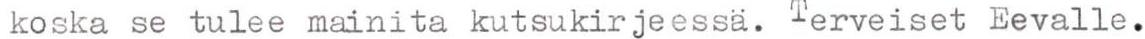
koska se tulee mainita kutsukirjeessä. Terveiset Eevalle.